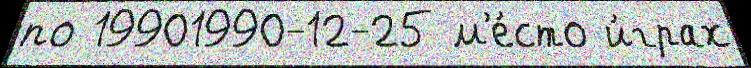
по 19901990-12-25 м'е́сто и́грах